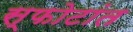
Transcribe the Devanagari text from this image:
स्फोटांत